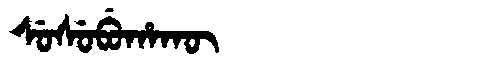
Manchu: ᠰᡠᠰᡠᠪᡠᡥᠠᡴᡡ
Romanization: SUSUBUHAKŪ